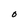
Character: O